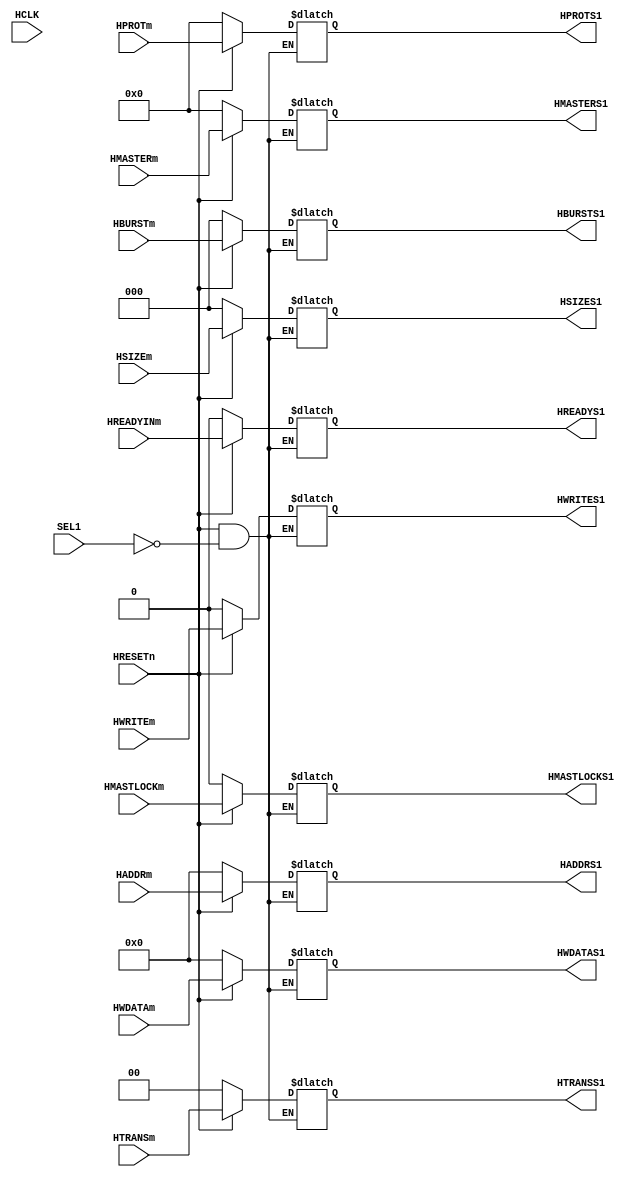
module AHB_miMUX_dataS1(
	HCLK,
	HRESETn,
	
	SEL1,
	
	HADDRm,
	HTRANSm,
	HWRITEm,
	HSIZEm,
	HBURSTm,
	HPROTm,
	HMASTERm,
	HWDATAm,
	HMASTLOCKm,
	HREADYINm,
	
	HADDRS1,
	HTRANSS1,
	HWRITES1,
	HSIZES1,
	HBURSTS1,
	HPROTS1,
	HMASTERS1,
	HWDATAS1,
	HMASTLOCKS1,
	HREADYS1);
	
	input HCLK;
	input HRESETn;
	
	input SEL1;
	
	//input          HSELm,
	input  [31:0]  HADDRm;
	input   [1:0]  HTRANSm;
	input          HWRITEm;
	input   [2:0]  HSIZEm;
	input   [2:0]  HBURSTm;
	input   [3:0]  HPROTm;
	input   [3:0]  HMASTERm;
	input  [31:0]  HWDATAm;
	input          HMASTLOCKm;
	input          HREADYINm;
	
	output reg [31:0]  HADDRS1;
	output reg  [1:0]  HTRANSS1;
	output reg         HWRITES1;
	output reg  [2:0]  HSIZES1;
	output reg  [2:0]  HBURSTS1;
	output reg  [3:0]  HPROTS1;
	output reg  [3:0]  HMASTERS1;
	output reg [31:0]  HWDATAS1;
	output reg         HMASTLOCKS1;
	output reg         HREADYS1;
	
always@(*)
begin
	if(!HRESETn)
	begin
	HADDRS1<=0;
	HTRANSS1<=0;
	HWRITES1<=0;
	HSIZES1<=0;
	HBURSTS1<=0;
	HPROTS1<=0;
	HMASTERS1<=0;
	HWDATAS1<=0;
	HMASTLOCKS1<=0;
	HREADYS1<=0;
	end
	else if(SEL1)
	begin
	HADDRS1<=        HADDRm;
	HTRANSS1<=      HTRANSm;
	HWRITES1<=      HWRITEm;
	HSIZES1<=        HSIZEm;
	HBURSTS1<=      HBURSTm;
	HPROTS1<=        HPROTm;
	HMASTERS1<=    HMASTERm;
	HWDATAS1<=      HWDATAm;
    HMASTLOCKS1<=HMASTLOCKm;
    HREADYS1<=    HREADYINm;
	end
end

endmodule